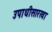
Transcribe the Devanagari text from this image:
उपाधीसारखा